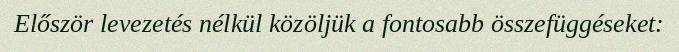
Először levezetés nélkül közöljük a fontosabb összefüggéseket: